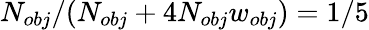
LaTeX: N_{obj}/(N_{obj}+4N_{obj}w_{obj})=1/5